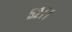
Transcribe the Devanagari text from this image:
५२।।